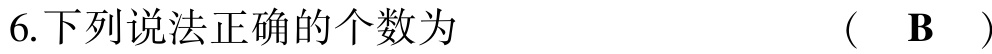
6.下列说法正确的个数为  （  B  ）